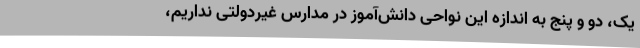
یک، دو و پنج به اندازه این نواحی دانش‌آموز در مدارس غیردولتی نداریم،